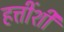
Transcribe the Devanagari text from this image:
हत्तींशी